Madras plague regulations in force outside the Presidency town - Volume 7
Disease focus: Plague
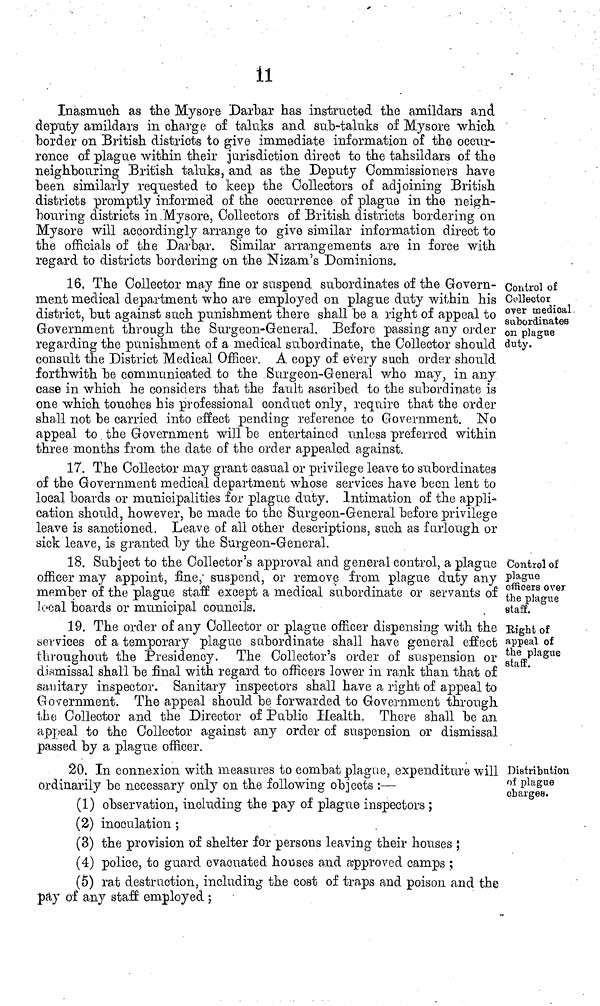
1l
Inasmuch as the Mysore Darbar has instructed the amildars and
deputy amildars in charge of taluks and sub-taluks of Mysore which
border on British districts to give immediate information of the occur-
rence of plague within their jurisdiction direct to the tahsildars of the
neighbouring British taluks, and as the Deputy Commissioners have
been similarly requested to keep the Collectors of adjoining British
distincts promptly informed of the occurrence of plague in the neigh-
bouring districts in Mysore, Collectors of British districts bordering on
Mysore will accordingly arrange to give similar information direct to
the officials of the Darbar. Similar arrangements are in force with
regard to districts bordering on the Nizam's Dominions.
Control of
Collector
over medical
subordinates
on plague
duty.
16. The Collector may fine or suspend subordinates of the Govern-
ment medical department who are employed on plague duty within his
district, but against such punishment there shall be a right of appeal to
Government through the Surgeon-General. Before passing any order
regarding the punishment of a medical subordinate, the Collector should
consult the District Medical Officer. A copy of every such order should
forthwith be communicated to the Surgeon-General who may, in any
case in which he considers that the fault ascribed to the subordinate is
one which touches his professional conduct only, require that the order
shall not be carried into effect pending reference to Government. No
appeal to the Government will be entertained unless preferred within
three months from the date of the order appealed against.
17. The Collector may grant casual or privilege leave to subordinates
of the Government medical department whose services have been lent to
local boards or municipalities for plague duty. Intimation of the appli-
cation should, however, be made to the Surgeon-General before privilege
leave is sanctioned. Leave of all other descriptions, such as furlough or
sick leave, is granted by the Surgeon-General.
Control oí
plague
officers over
the plague
staff.
18. Subject to the Collector's approval and general control, a plague
officer may appoint, fine; suspend, or remove from plague duty any
member of the plague staff except a medical subordinate or servants of
local boards or municipal councils.
Eight of
appeal of
the plague
staff.
19. The order of any Collector or plague officer dispensing with the
services of a temporary plague subordinate shall have general effect
throughout the Presidency. The Collector's order of suspension or
dismissal shall be final with regard to officers lower in rank than that of
sanitary inspector. Sanitary inspectors shall have a right of appeal to
Government. The appeal should be forwarded to Government through
the Collector and the Director of Public Health. There shall be an
appeal to the Collector against any order of suspension or dismissal
passed by a plague officer.
Distribution
of plague
charges.
20. In connexion with measures to combat plague, expenditure will
ordinarily be necessary only on the following objects :—
(1) observation, including the pay of plague inspectors ;
(2) inoculation ;
(3) the provision of shelter for persons leaving their houses ;
(4) police, to guard evacuated houses and approved camps ;
(5) rat destruction, including the cost of traps and poison and the
pay of any staff employed ;